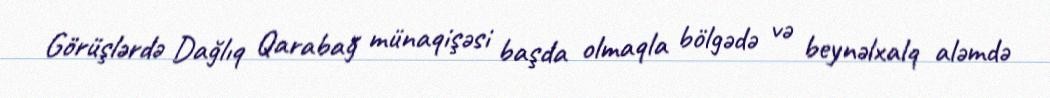
Görüşlərdə Dağlıq Qarabağ münaqişəsi başda olmaqla bölgədə və beynəlxalq aləmdə